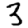
Digit: 3